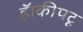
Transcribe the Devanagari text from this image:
हॅाकीपटू